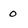
Character: o